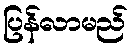
ပြန်လာမည်